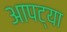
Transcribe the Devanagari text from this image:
आपट्या